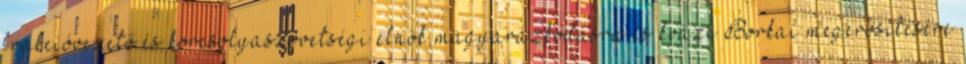
frakcióvezető és korcsolyaszövetségi elnök magyarázkodásra és kvázi Borkai megerősítésére